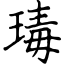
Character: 瑇